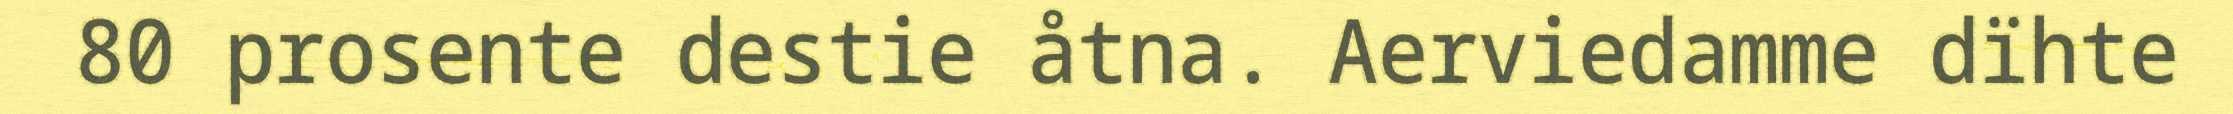
80 prosente destie åtna. Aerviedamme dïhte